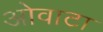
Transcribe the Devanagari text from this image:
ओवाटा